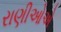
રાણીઓએ